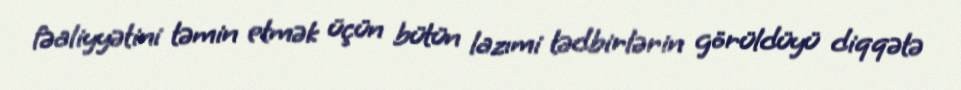
fəaliyyətini təmin etmək üçün bütün lazımi tədbirlərin görüldüyü diqqətə